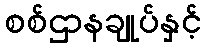
စစ်ဌာနချုပ်နှင့်